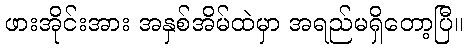
ဖားအိုင်းအား အနှစ်အိမ်ထဲမှာ အရည်မရှိတော့ပြီ။